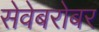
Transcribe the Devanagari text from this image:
सेवेबरोबर